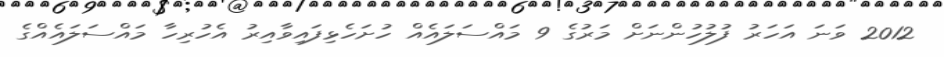
2012 ވަނަ އަހަރު ފުލުހުންނަށް މަރުގެ 9 މައްސަލައެއް ހުށަހެޅިފައިވާއިރު އެހުރިހާ މައްސަލައެއްގެ